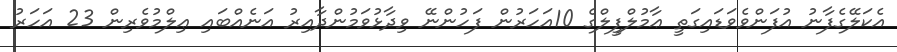
އެކަލޭގެފާނު އުފަންވެވަޑައިގަތީ ޢާމުލްފީލްގެ 10އަހަރުން ފަހުންނޭ ވިދާޅުވަމުންދާއިރު އަނެއްބައި ޢިލްމުވެރިން 23 އަހަރު